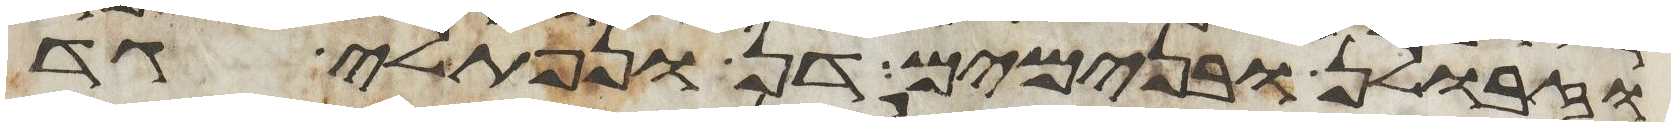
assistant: וזבולן ובנימים דן ונפתלי גד